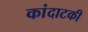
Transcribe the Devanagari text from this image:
कांदाटकी